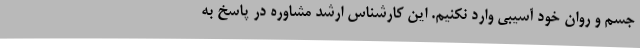
جسم و روان خود آسیبی وارد نکنیم. این کارشناس ارشد مشاوره در پاسخ به